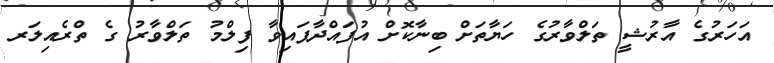
އަހަރުގެ އާރުޝީ ތަލްވާރުގެ ހަޔާތަށް ބިނާކޮށް އުފައްދާފައިވާ ފިލްމު ތަލްވާރު ގެ ތްރެއިލަރ